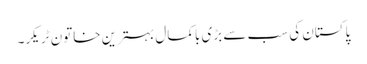
پاکستان کی سب سے بڑی باکمال بہترین خاتون ٹریکر۔